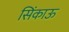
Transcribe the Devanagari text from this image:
सिंकाऊ